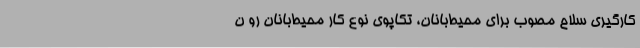
کارگیری سلاح مصوب برای محیط‌بانان، تکاپوی نوع کار محیط‌بانان رو ن